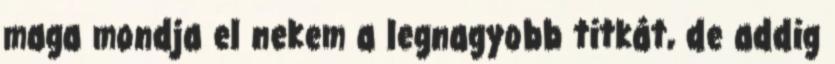
maga mondja el nekem a legnagyobb titkát, de addig